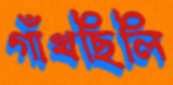
গাঁথছিলি